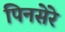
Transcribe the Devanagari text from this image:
पिनसेरे